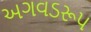
અગવડરૂપ